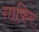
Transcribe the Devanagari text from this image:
ग़ाफिर